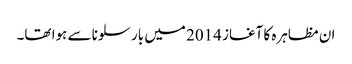
ان مظاہرہ کا آغاز 2014 میں بارسلونا سے ہوا تھا۔